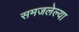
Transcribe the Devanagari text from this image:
समजलेल्या